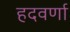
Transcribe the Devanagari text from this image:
हदवर्णा